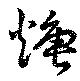
煻